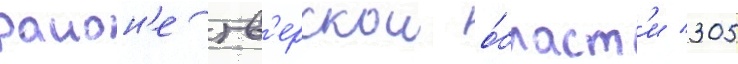
раион'е тв'ерскои о́бласт'и 305